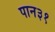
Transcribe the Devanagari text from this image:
पान३१